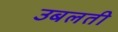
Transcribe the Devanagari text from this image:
उबलती